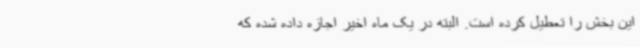
این بخش را تعطیل کرده است. البته در یک ماه اخیر اجازه داده شده که